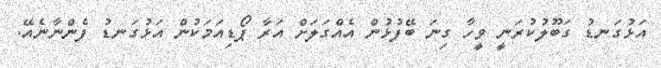
އަޅުގަނޑު ގަބޫލުކުރަނީ ވީހާ ގިނަ ބޭފުޅުން އެއްގަލަށް އަރާ ޕޯޑިއަމަކުން އަޅުގަނޑު ފެންނާނެއޭ.